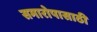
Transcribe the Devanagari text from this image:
समारोपासाठी